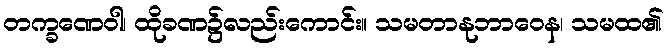
တက္ခဏေဝါ၊ ထိုခဏ၌လည်းကောင်း။ သမတာနုဘာဝေန၊ သမထ၏